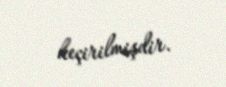
keçirilmişdir.